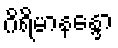
ဂိရိမာနန္ဒော